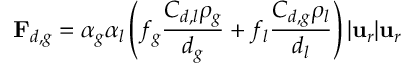
\mathbf { F } _ { d , g } = \alpha _ { g } \alpha _ { l } \left( f _ { g } \frac { C _ { d , l } \rho _ { g } } { d _ { g } } + f _ { l } \frac { C _ { d , g } \rho _ { l } } { d _ { l } } \right) | \mathbf { u } _ { r } | \mathbf { u } _ { r }